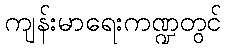
ကျန်းမာရေးကဏ္ဍတွင်